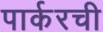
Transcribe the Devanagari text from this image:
पार्करची